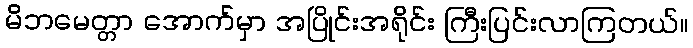
မိဘမေတ္တာ အောက်မှာ အပြိုင်းအရိုင်း ကြီးပြင်းလာကြတယ်။